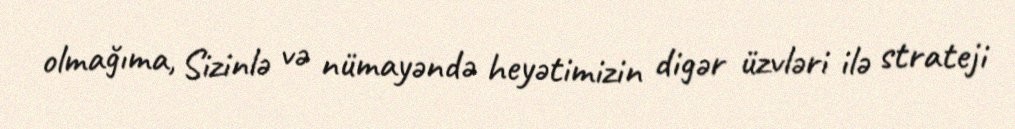
olmağıma, Sizinlə və nümayəndə heyətimizin digər üzvləri ilə strateji